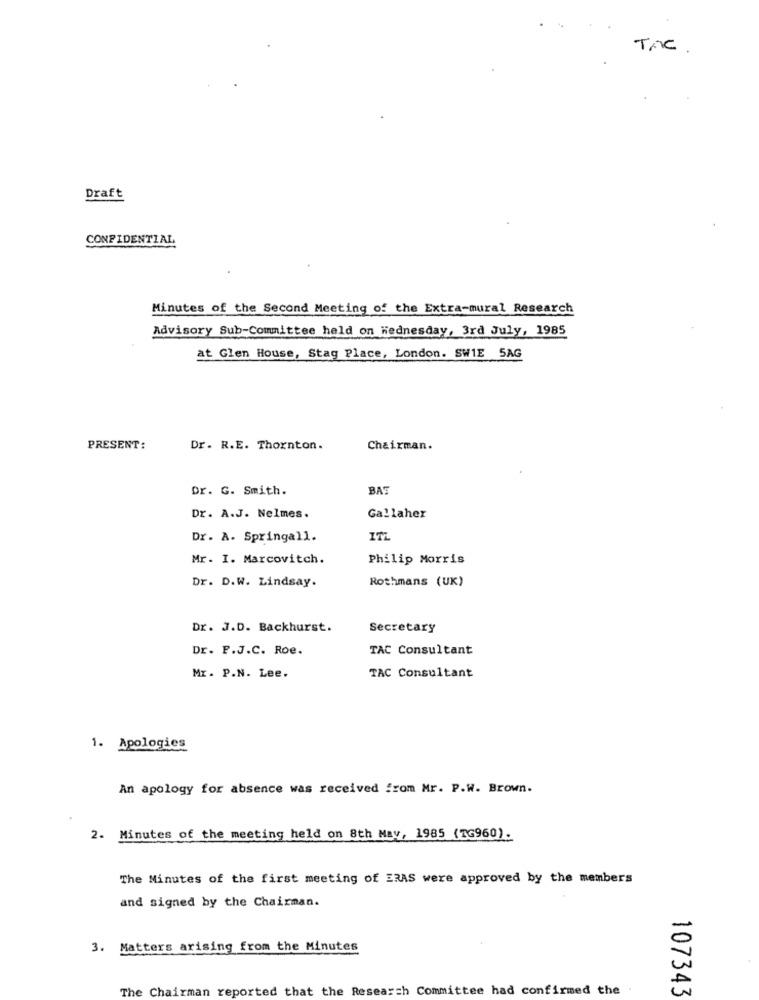
TAC
Draft
CONFIDENTIAL
Minutes of the Second Meeting of the Extra-mural Research
Advisory Sub-Committee held on Wednesday, 3rd July, 1985
at Glen House, Stag Place, London. SW1E 5AG
PRESENT:
Dr. R.E. Thornton.
Chairman.
Dr. G. Smith.
BAT
Dr. A.J. Nelmes.
Gallaher
Dr. A. Springall.
Mr. I. Marcovitch.
Philip Morris
Dr. D.W. Lindsay.
Rothmans (UK)
Dr. J.D. Backhurst.
Secretary
Dr. P.J.C. Roe.
TAC Consultant
Mr. P.N. Lee.
TAC Consultant
1. Apologies
An apology for absence was received from Mr. P.W. Brown.
2. Minutes of the meeting held on 8th May, 1985 (TG960).
The Minutes of the first meeting of ERAS were approved by the members
and signed by the Chairman.
3. Matters arising from the Minutes
The Chairman reported that the Research Committee had confirmed the
107343